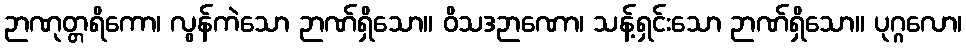
ဉာဏုတ္တရိကော၊ လွန်ကဲသော ဉာဏ်ရှိသော။ ဝိသဒဉာဏော၊ သန့်ရှင်းသော ဉာဏ်ရှိသော။ ပုဂ္ဂလော၊